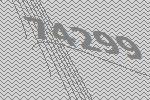
74299